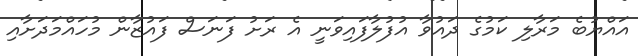
އައްޔުބެ މަރާލި ކަމުގެ ދައުވާ އުފުލާފައިވަނީ އެ ރަށު ފަނަސް ފައުޒާން މުހައްމަދަށާއި